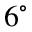
6 ^ { \circ }